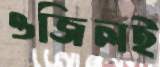
ওজিলই